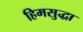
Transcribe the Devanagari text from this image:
हिमसुद्धा